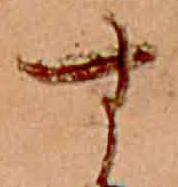
す